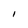
Character: I